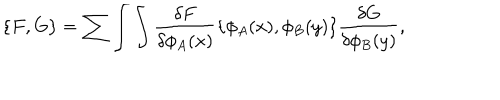
\{ F , G \} = \sum \int \int { \frac { \delta F } { \delta \phi _ { A } ( x ) } } \{ \phi _ { A } ( x ) , \phi _ { B } ( y ) \} { \frac { \delta G } { \delta \phi _ { B } ( y ) } } ,